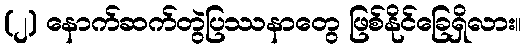
(၂) နောက်ဆက်တွဲပြဿနာတွေ ဖြစ်နိုင်ခြေရှိလား။